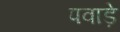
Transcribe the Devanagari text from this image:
पवाड़े